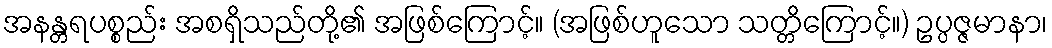
အနန္တရပစ္စည်း အစရှိသည်တို့၏ အဖြစ်ကြောင့်။ (အဖြစ်ဟူသော သတ္တိကြောင့်။) ဥပ္ပဇ္ဇမာနာ၊